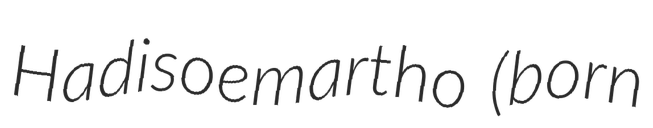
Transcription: Hadisoemartho (born